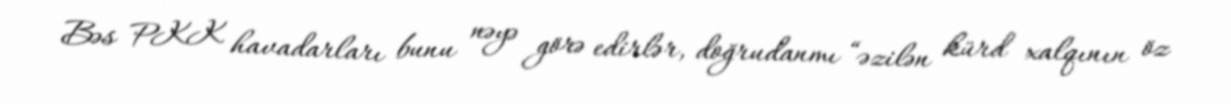
Bəs PKK havadarları bunu nəyə görə edirlər, doğrudanmı “əzilən kürd xalqının öz